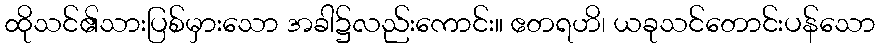
ထိုသင်၏သားပြစ်မှားသော အခါ၌လည်းကောင်း။ ဧတရဟိ၊ ယခုသင်တောင်းပန်သော